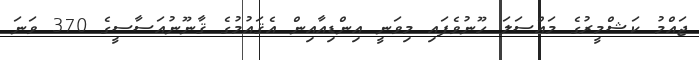
ޖައްމު ކަޝްމީރުގެ މައްސަލަ ހޫނުވެފައި މިވަނީ އިންޑިއާއިން އެޤައުމުގެ ޤާނޫނުއަސާސީގެ 370 ވަނަ